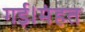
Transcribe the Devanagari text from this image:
गई।मंहत